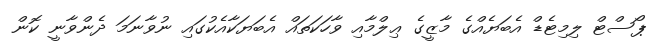
ޕޯސްޓް ލިމިޓެޑް އެބަޔެއްގެ މާޒީގެ ޢިލްމާއި ވާހަކަތައް އެބަޔަކާއެކުގައި ނުވާނަމަ ދެންވާނީ ކޮން